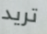
تريد